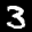
Label: 3